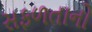
સફળતાનો